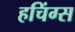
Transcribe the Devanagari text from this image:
हचिंग्स